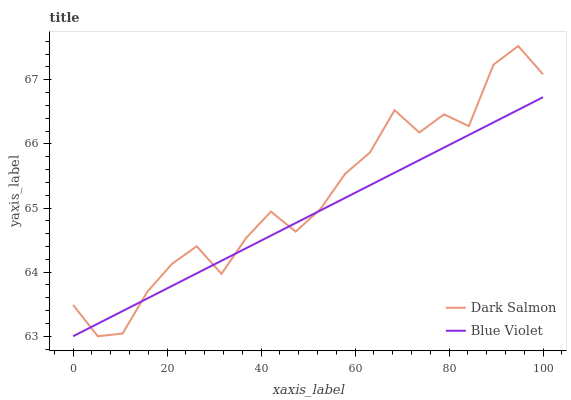
| xaxis_label | Dark Salmon | Blue Violet |
 | --- | --- | --- |
 | 0 | 63.5 | 63 |
 | 5.26 | 63 | 63.2 |
 | 10.5 | 63 | 63.4 |
 | 15.8 | 63.7 | 63.6 |
 | 21.1 | 64.1 | 63.8 |
 | 26.3 | 64.4 | 64 |
 | 31.6 | 64 | 64.2 |
 | 36.8 | 64.5 | 64.4 |
 | 42.1 | 64.9 | 64.6 |
 | 47.4 | 64.6 | 64.8 |
 | 52.6 | 65 | 65 |
 | 57.9 | 65.5 | 65.2 |
 | 63.2 | 65.9 | 65.4 |
 | 68.4 | 66.5 | 65.6 |
 | 73.7 | 66.2 | 65.7 |
 | 78.9 | 66.5 | 65.9 |
 | 84.2 | 66.3 | 66.1 |
 | 89.5 | 67.2 | 66.3 |
 | 94.7 | 67.5 | 66.5 |
 | 100 | 67.1 | 66.7 |